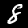
Digit: 8